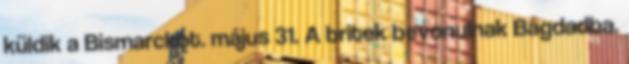
küldik a Bismarckot. május 31. A britek bevonulnak Bagdadba.